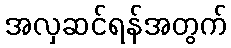
အလှဆင်ရန်အတွက်